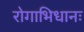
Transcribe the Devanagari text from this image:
रोगाभिधानः